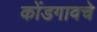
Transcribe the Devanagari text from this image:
कोंडगावचे